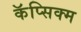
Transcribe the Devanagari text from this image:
कॅप्सिक्म